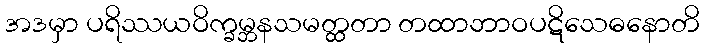
အဒမှာ ပရိဿယဝိက္ခမ္ဘနသမတ္ထတာ တထာဘာဝပဋိသေဓနောတိ